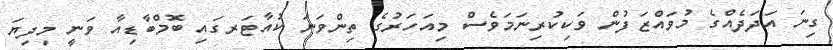
ގިނަ އަދަދެއްގެ މުވައްޒަފުން ވަކިކުރިނަމަވެސް މިއަހަރުގެ ތިންވަނަ ކުއާޓަރގައި ބޮމްބާޑިއާ ވަނީ މިދިޔަ